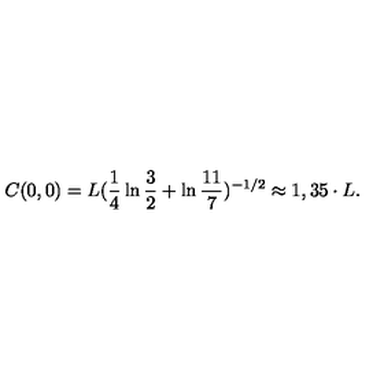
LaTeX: C ( 0 , 0 ) = L ( \frac { 1 } { 4 } \ln { \frac { 3 } { 2 } } + \ln { \frac { 1 1 } { 7 } } ) ^ { - 1 / 2 } \approx 1 , 3 5 \cdot L .